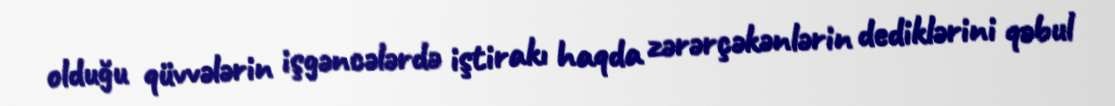
olduğu qüvvələrin işgəncələrdə iştirakı haqda zərərçəkənlərin dediklərini qəbul